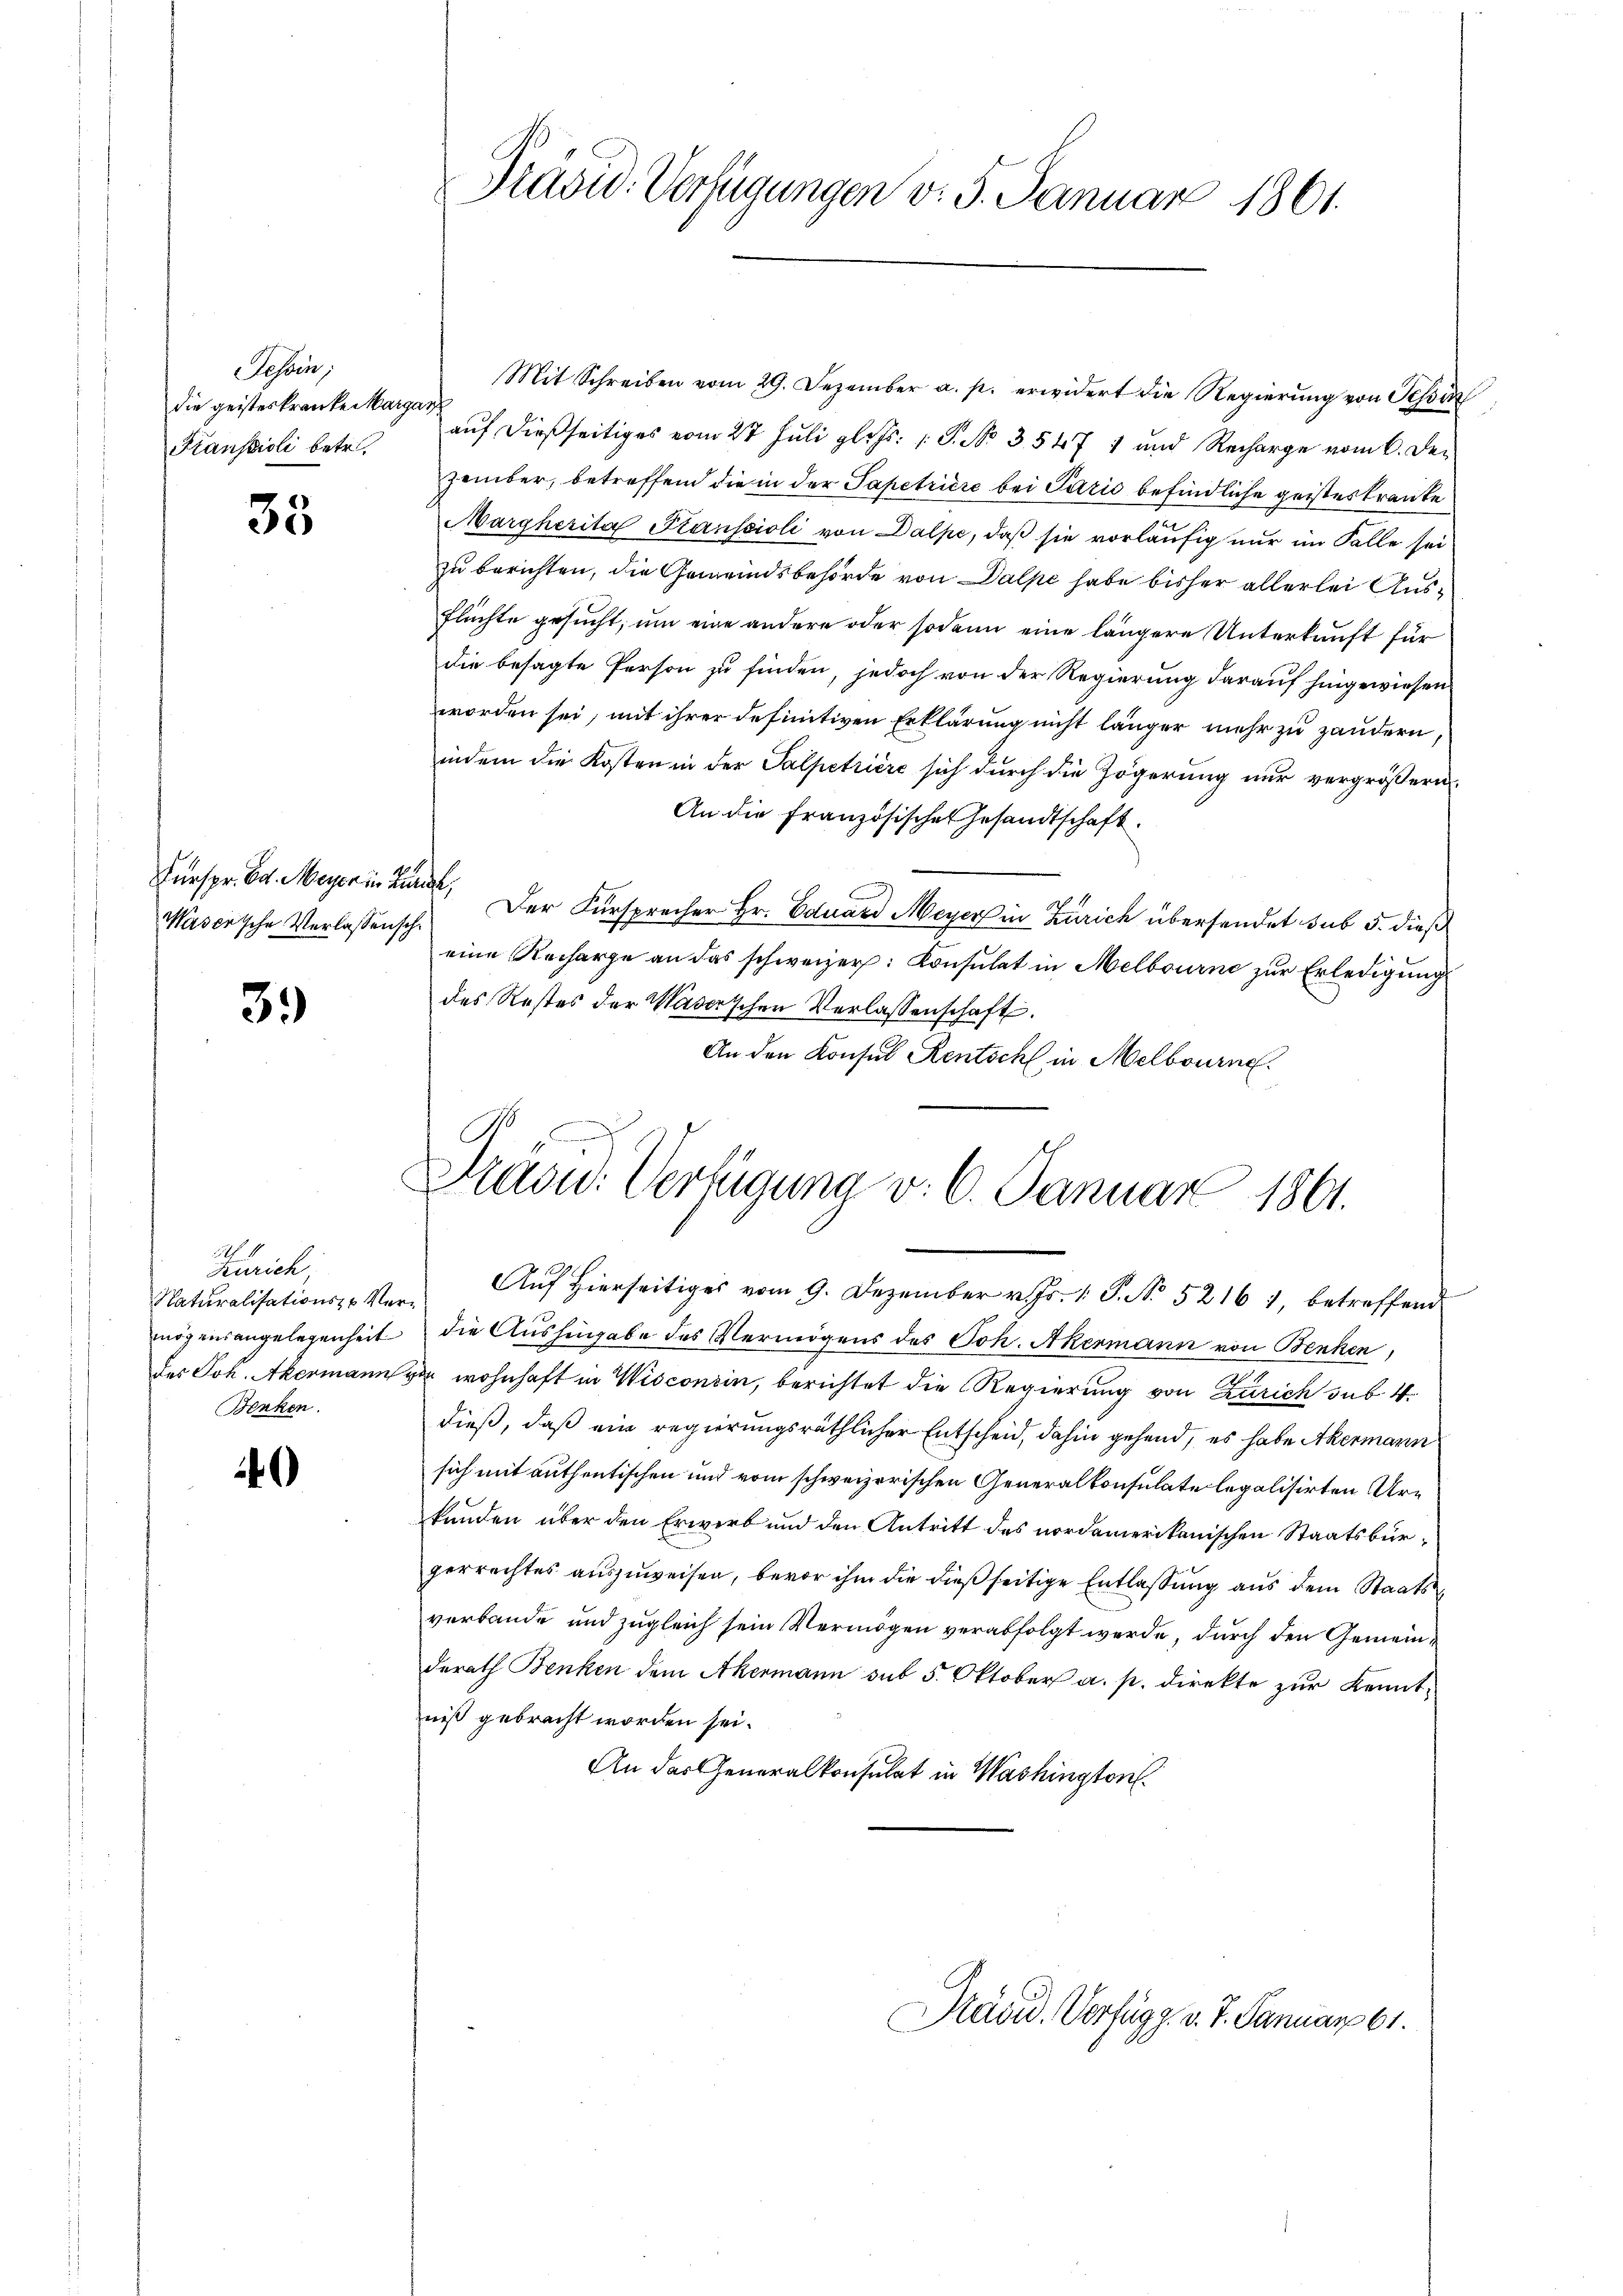
Tessin;
die geisteskranke Margar
Kranscioli betr.

35

Fürspr. Ed. Meyer in Bunde,

3.)

.
Zürich
Naturalisations- u Ver¬
Benken.

4

Präsid. Verfügungen v. 5. Januar 1861.

Mit Schreiben vom 29. Dezember a. p. erwidert die Regierŭng von Schin
auf dießseitiges vom 27 Juli gl. Hr. P. Nr. 3547 1 und Recharge vom 6. Dezember, betreffend die in der Tapetriere bei Paris befindliche geisteskranke
Margherita Stanscioli von Dalpe, daβ sie vorläŭfig nur im Falle sei
zu berichten, die Gemeindsbehörde von Dalpe habe bisher allerlei Aus¬
Flüchte gesucht, um eine andere oder sodann eine längere Unterkunft für
die besagte Person zu finden, jedoch von der Regierung darauf hingewiesen
worden sei, mit ihrer definitiven Erklärung nicht länger mehr zu zaudern,
indem die Kosten in der Salpetriere sich durch die Zögerung nur vergrößern.
An die Französisches Gesandtschaft.
Masersche Verlassensch. Der Fürsprecher Hr. Eduard Meyer in Zürich übersendet sub 5. dieß
eine Recharge an das schweizer: Consulat in Melbourne zur Erledigung
des Restes der Waserschen Verlassenschaft.
An den Konsul Rentsch in Melbourne

N
Maou. Verfügung v. 6. Januar 1861.
Auf hierseitiges vom 9. Dezember v. Js. 1. P. No 52161, betreffend

mögensangelegenheit die Aushingabe des Vermögens des Joh. Akermann von Benken,
des Joh. Akermann zu wohnhaft in Wisconsin, berichtet die Regierung von Zürich sub 4.
dieß, daß ein regierungsräthlicher Entscheid, dahin gehend, es habe Akermann
sich mit authentischen und vom schweizerischen Generalkonsulate legalisirten Urkunden über den Erwerb und den Antritt des nordamerikanischen Staatsbürgerrechtes auszuweisen, bevor ihm die dießseitige Entlassung aus dem Staats
verbande und zugleich sein Vermögen verabfolgt werde, durch den Gemeinderath Benken dem Akermann sub 5. Oktober a. p. direkte zur Kenntniß gebracht worden sei.
An das Generalkonsulat in Washington

Prävid. Verfügg. v. J. Januar 61.